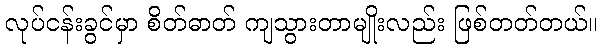
လုပ်ငန်းခွင်မှာ စိတ်ဓာတ် ကျသွားတာမျိုးလည်း ဖြစ်တတ်တယ်။